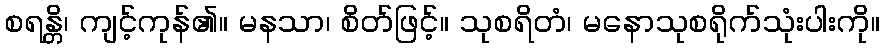
စရန္တိ၊ ကျင့်ကုန်၏။ မနသာ၊ စိတ်ဖြင့်။ သုစရိတံ၊ မနောသုစရိုက်သုံးပါးကို။